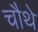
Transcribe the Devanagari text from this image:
चाैथे